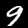
Digit: 9